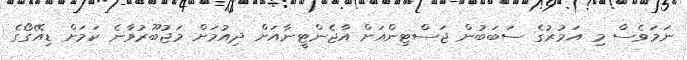
ނަމަވެސް މި އަމުރުގެ ސަބަބުން ޖަސްޓިންއަށް އާޖެންޓީނާއަށް ދިއުމަށް މަޖުބޫރުވާނެ ކަމަށް ޑިއޭގޯގެ